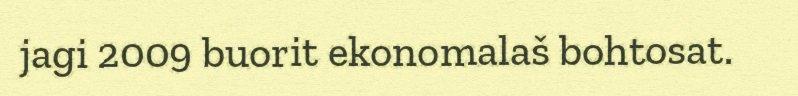
jagi 2009 buorit ekonomalaš bohtosat.